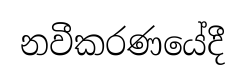
නවීකරණයේදී